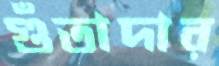
গুঁতাদার